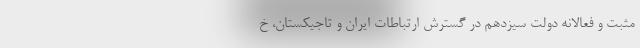
مثبت و فعالانه دولت سیزدهم در گسترش ارتباطات ایران و تاجیکستان، خ